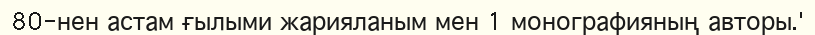
80-нен астам ғылыми жарияланым мен 1 монографияның авторы.'